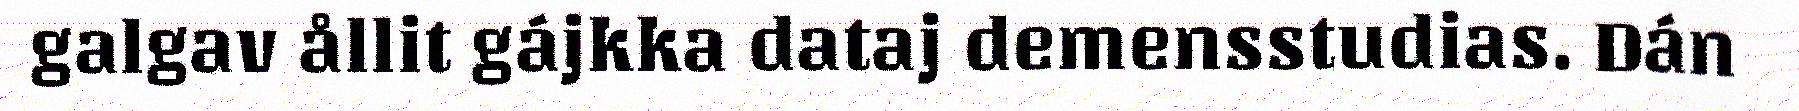
galgav ållit gájkka dataj demensstudias. Dán